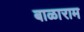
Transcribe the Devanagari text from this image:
बाळाराम